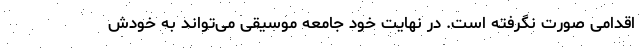
اقدامی صورت نگرفته است. در نهایت خود جامعه موسیقی می‌تواند به خودش